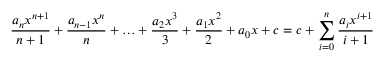
{ \frac { a _ { n } x ^ { n + 1 } } { n + 1 } } + { \frac { a _ { n - 1 } x ^ { n } } { n } } + \ldots + { \frac { a _ { 2 } x ^ { 3 } } { 3 } } + { \frac { a _ { 1 } x ^ { 2 } } { 2 } } + a _ { 0 } x + c = c + \sum _ { i = 0 } ^ { n } { \frac { a _ { i } x ^ { i + 1 } } { i + 1 } }